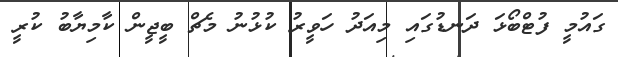
ގައުމީ ފުޓްބޯޅަ ދަނޑުގައި މިއަދު ހަވީރު ކުޅުނު މެޗް ބީޖީން ކާމިޔާބު ކުރީ